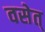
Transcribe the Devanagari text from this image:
वसेत्